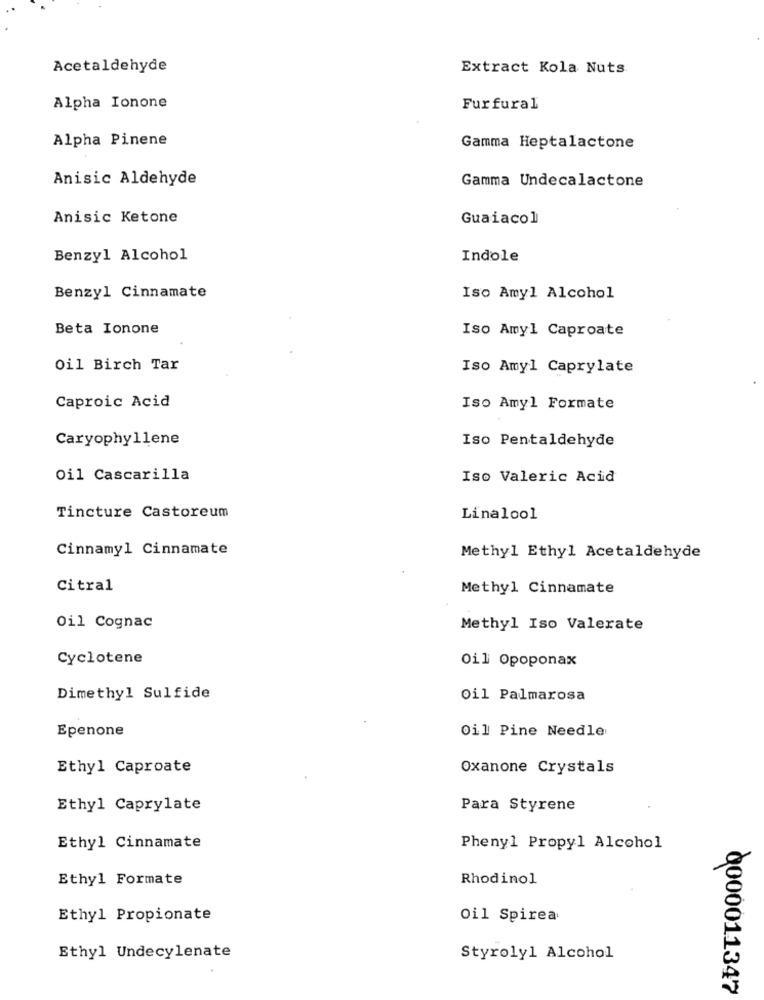
Acetaldehyde
Extract Kola Nuts
Alpha Ionone
Furfural
Alpha Pinene
Gamma Heptalactone
Anisic Aldehyde
Gamma Undecalactone
Anisic Ketone
Guaiacol
Benzyl Alcohol
Indole
Benzyl Cinnamate
Iso Amyl Alcohol
Beta Ionone
Iso Amyl Caproate
Oil Birch Tar
Iso Amyl Caprylate
Caproic Acid
Iso Amyl Formate
Caryophyllene
Iso Pentaldehyde
Oil Cascarilla
Iso Valeric Acid
Tincture Castoreum
Linalool
Cinnamyl Cinnamate
Methyl Ethyl Acetaldehyde
Citral
Methyl Cinnamate
Oil Cognac
Methyl Iso Valerate
Cyclotene
Oil Opoponax
Dimethyl Sulfide
Oil Palmarosa
Epenone
Oil Pine Needle
Ethyl Caproate
Oxanone Crystals
Ethyl Caprylate
Para Styrene
Ethyl Cinnamate
Phenyl Propyl Alcohol
Ethyl Formate
Rhodinol
Ethyl Propionate
Oil Spirea
Ethyl Undecylenate
Styrolyl Alcohol
0000011347